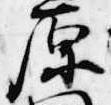
原